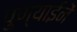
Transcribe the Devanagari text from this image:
पुण्याईनें